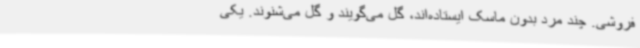
فروشی. چند مرد بدون ماسک ایستاده‌اند، گل می‌گویند و گل می‌شنوند. یکی